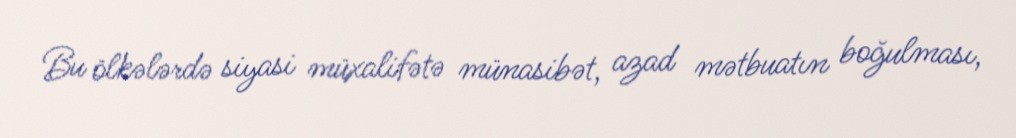
Bu ölkələrdə siyasi müxalifətə münasibət, azad mətbuatın boğulması,